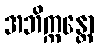
အဘိက္ကန္တော